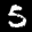
Label: 5